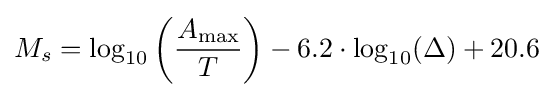
M_{s}=\log _{10}\left({\frac {A_{\text{max}}}{T}}\right)-6.2\cdot \log _{10}(\Delta )+20.6